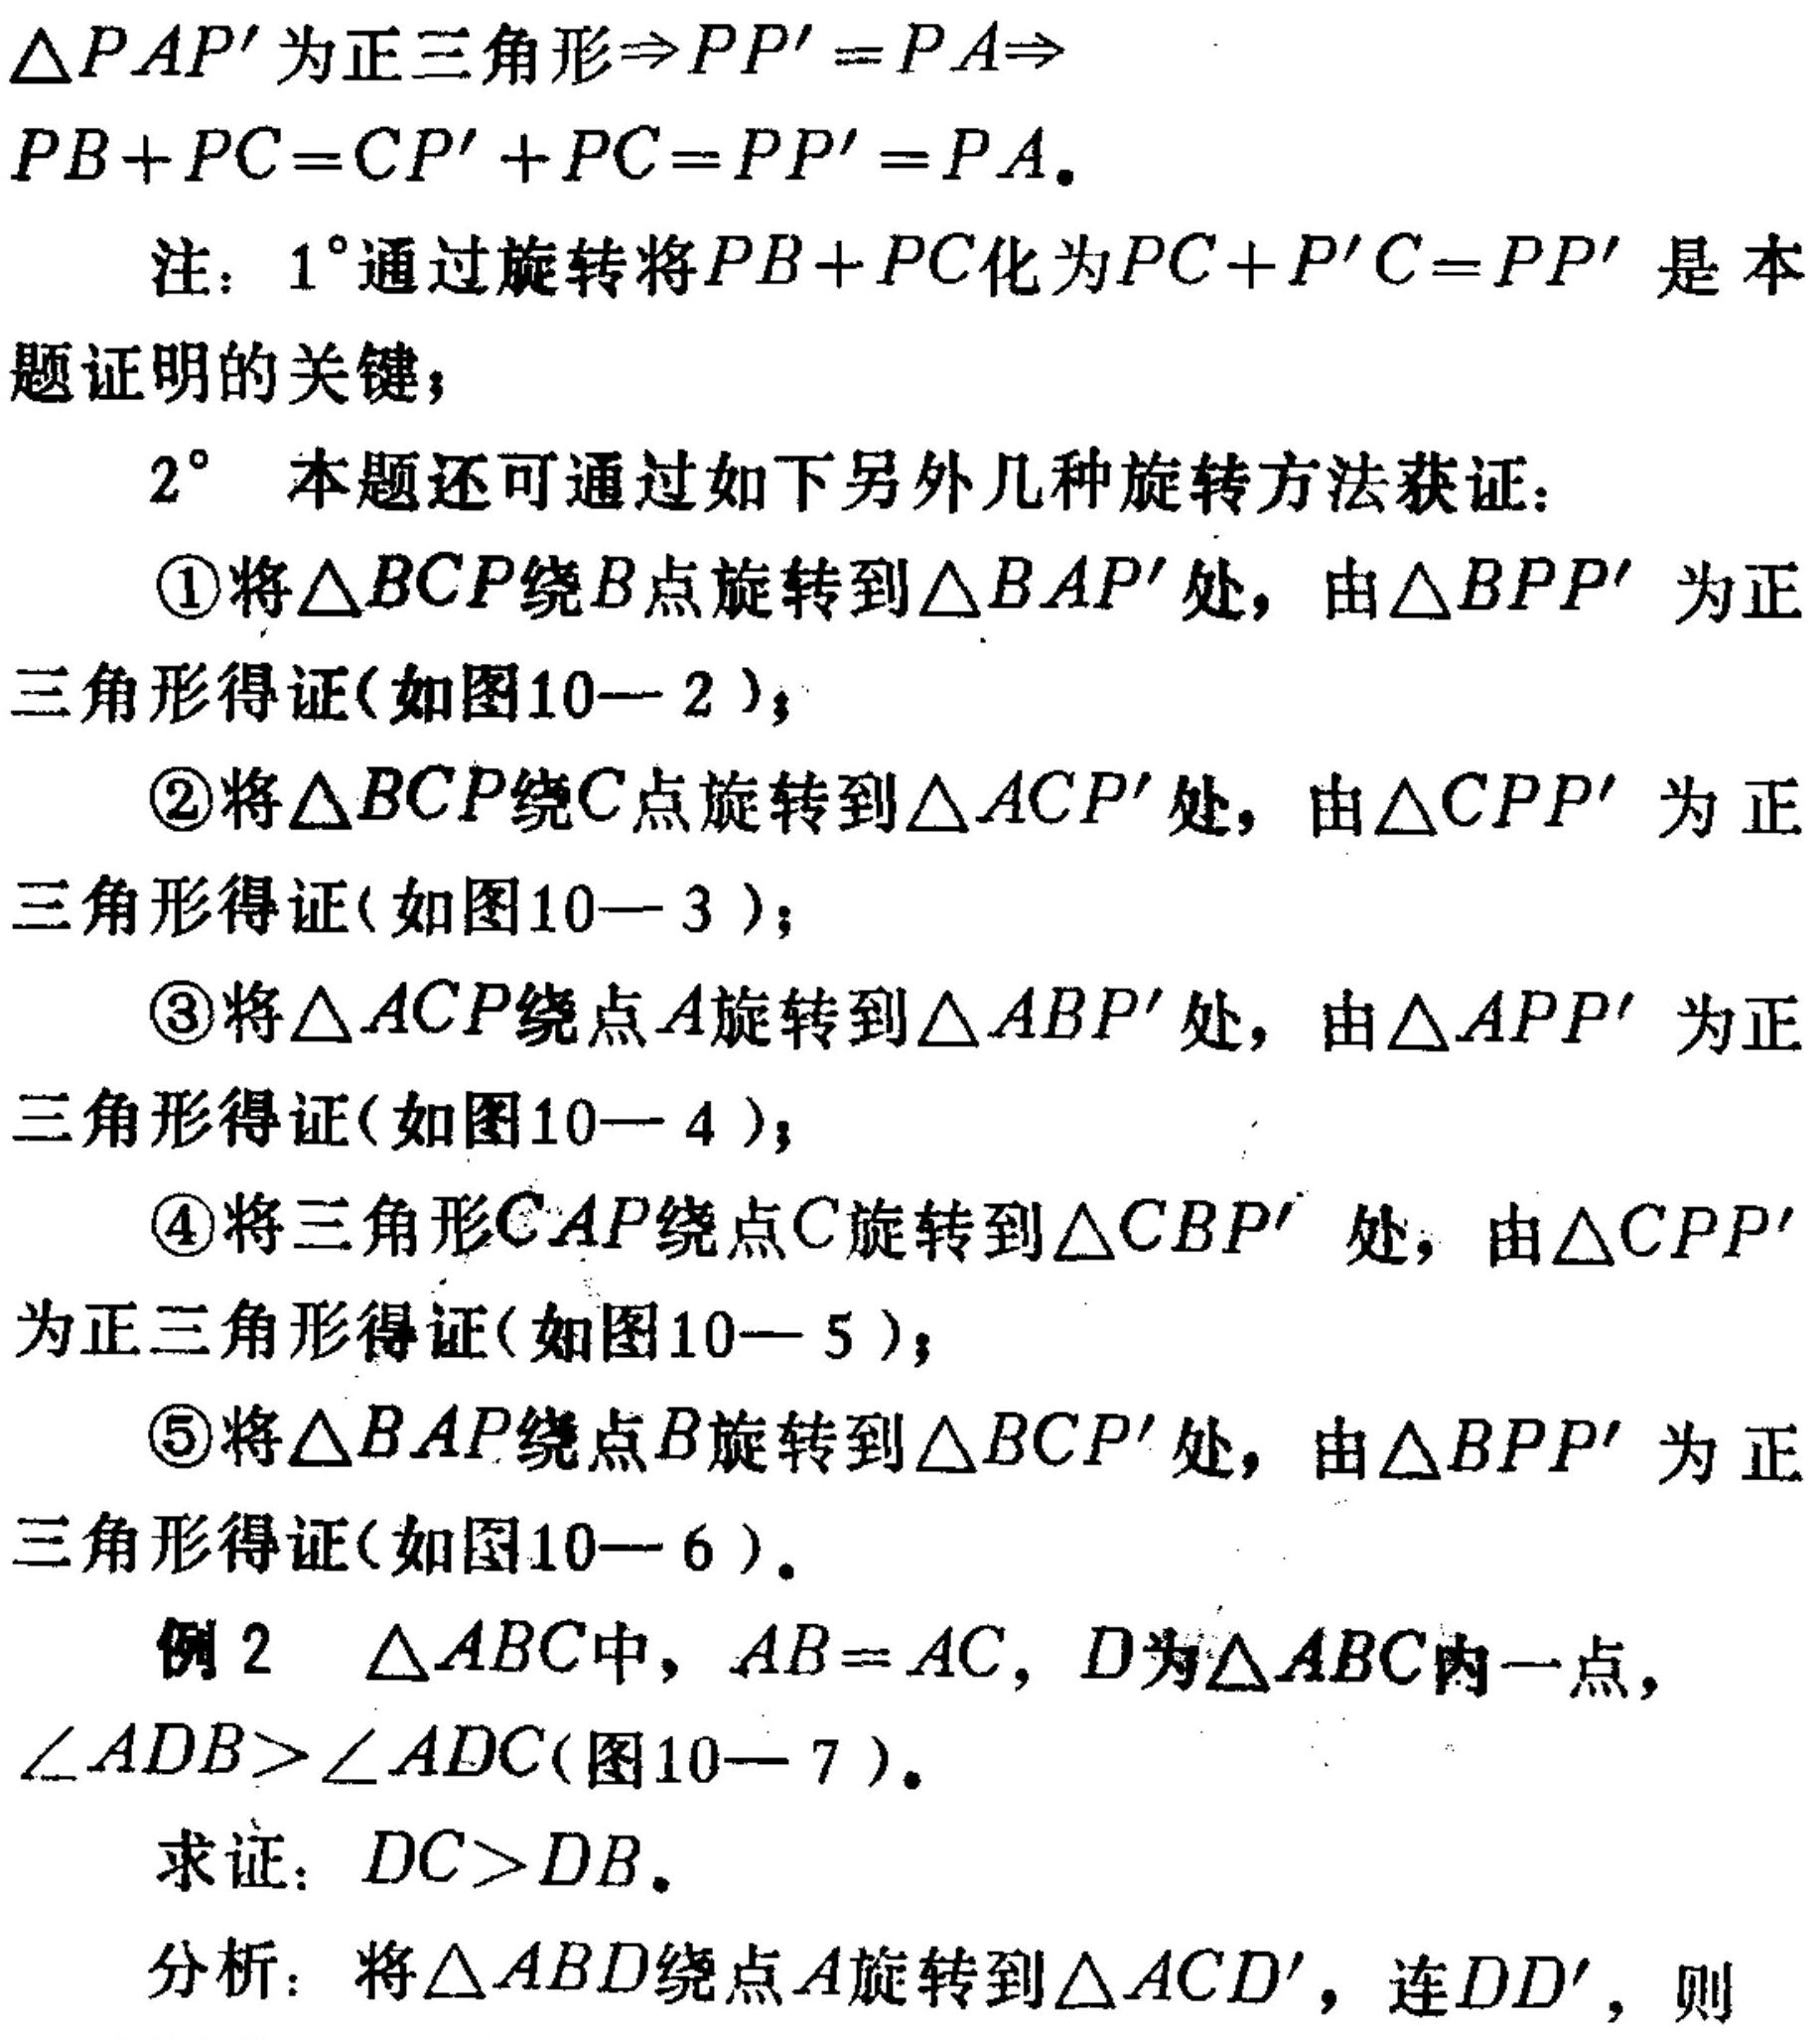
\(\triangle PAP'\)为正三角形\(\Rightarrow PP' = PA\Rightarrow\)
\(PB + PC=CP'+PC = PP'=PA.\)
注：\(1^{\circ}\)通过旋转将\(PB + PC\)化为\(PC + P'C = PP'\)是本题证明的关键；
\(2^{\circ}\)本题还可通过如下另外几种旋转方法获证：
\textcircled{1}将\(\triangle BCP\)绕\(B\)点旋转到\(\triangle BAP'\)处，由\(\triangle BPP'\)为正三角形得证(如图10—2 )；
\textcircled{2}将\(\triangle BCP\)绕\(C\)点旋转到\(\triangle ACP'\)处，由\(\triangle CPP'\)为正三角形得证(如图10—3 )；
\textcircled{3}将\(\triangle ACP\)绕点\(A\)旋转到\(\triangle ABP'\)处，由\(\triangle APP'\)为正三角形得证(如图10—4 )；
\textcircled{4}将三角形\(CAP\)绕点\(C\)旋转到\(\triangle CBP'\) 处，由\(\triangle CPP'\)为正三角形得证(如图10—5 )；
\textcircled{5}将\(\triangle BAP\)绕点\(B\)旋转到\(\triangle BCP'\)处，由\(\triangle BPP'\)为正三角形得证(如图10—6 ).
例2 \(\triangle ABC\)中，\(AB = AC\)，\(D\)为\(\triangle ABC\)内一点，\(\angle ADB>\angle ADC\)(图10—7 ).
求证：\(DC>DB\).
分析：将\(\triangle ABD\)绕点\(A\)旋转到\(\triangle ACD'\)，连\(DD'\)，则